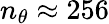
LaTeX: n_{\theta}\approx 256